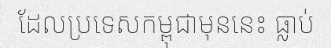
ដែលប្រទេសកម្ពុជាមុននេះ ធ្លាប់